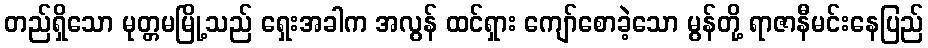
တည်ရှိသော မုတ္တမမြို့သည် ရှေးအခါက အလွန် ထင်ရှား ကျော်စောခဲ့သော မွန်တို့ ရာဇာနီမင်းနေပြည်